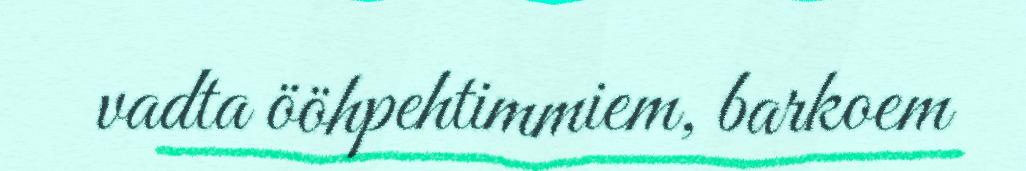
vadta ööhpehtimmiem, barkoem